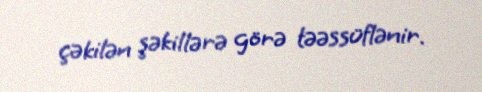
çəkilən şəkillərə görə təəssüflənir.